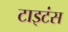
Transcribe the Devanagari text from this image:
टाइटंस